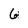
Character: 6